画像に写った文字を読んでください
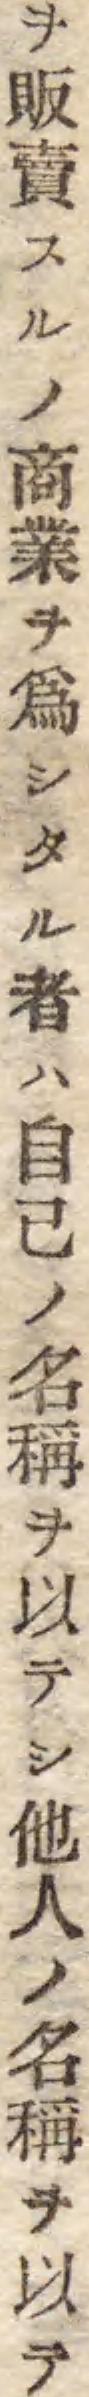
「ヲ販賣スルノ商業ヲ爲シタル者ハ自己ノ名稱ヲ以テシ他人ノ名稱ヲ以テ」と書いてあります